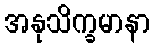
အနုသိက္ခမာနာ